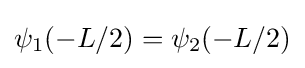
\psi _{1}(-L/2)=\psi _{2}(-L/2)